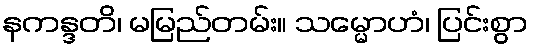
နကန္ဒတိ၊ မမြည်တမ်း။ သမ္မောဟံ၊ ပြင်းစွာ